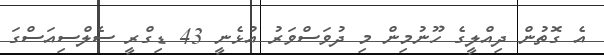
އެ ގޮތުން ދިއްލީގެ ހޫނުމިން މި ދުވަސްވަރު އުޅެނީ 43 ޑިގްރީ ސެލްސިއަސްގަ